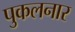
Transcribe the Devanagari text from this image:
पुकलनार